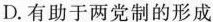
D.有助于两党制的形成